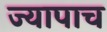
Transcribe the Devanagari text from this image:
ज्यापाच